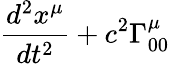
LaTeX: \frac{d^{2}x^{\mu}}{dt^{2}}+c^{2}\Gamma_{00}^{\mu}